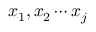
x _ { 1 } , x _ { 2 } \cdots x _ { j }